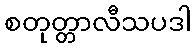
စတုတ္တာလီသပဒါ